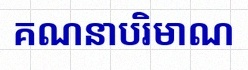
គណនាបរិមាណ